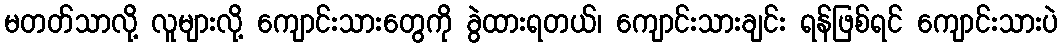
မတတ်သာလို့ လူများလို့ ကျောင်းသားတွေကို ခွဲထားရတယ်၊ ကျောင်းသားချင်း ရန်ဖြစ်ရင် ကျောင်းသားပဲ